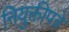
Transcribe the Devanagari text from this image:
नियुक्तीपत्रे